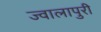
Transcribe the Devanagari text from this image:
ज्वालापुरी